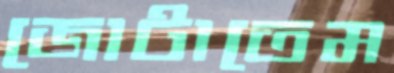
জোটাতেম